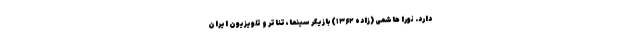
دارد. نورا هاشمی (زاده ۱۳۶۲) بازیگر سینما، تئاتر و تلویزیون ایران